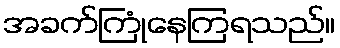
အခက်ကြုံနေကြရသည်။